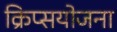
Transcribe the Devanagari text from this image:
क्रिप्सयोजना